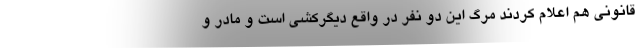
قانونی هم اعلام کردند مرگ این دو نفر در واقع دیگرکشی است و مادر و